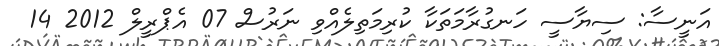
އަނީސާ: ސިޔާސީ ހަނގުރާމަތަކާ ކުރިމަތިލެއްވި ނަރުސް 07 އެޕްރީލް 2012 14